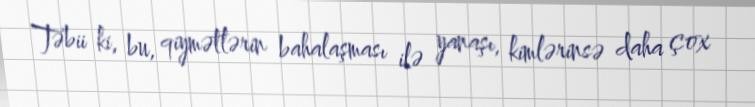
Təbii ki, bu, qiymətlərin bahalaşması ilə yanaşı, kimlərinsə daha çox